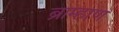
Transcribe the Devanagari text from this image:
ब्राम्हाण